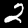
Digit: 2